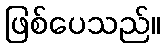
ဖြစ်ပေသည်။